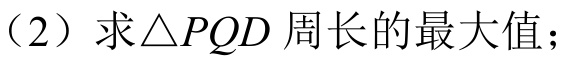
（2）求\(\triangle PQD\)周长的最大值；